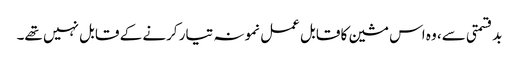
بدقسمتی سے، وہ اس مشین کا قابل عمل نمونہ تیار کرنے کے قابل نہیں تھے۔